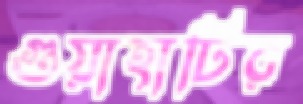
গুয়াহাটির